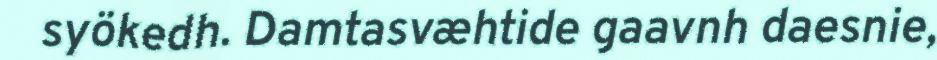
syökedh. Damtasvæhtide gaavnh daesnie,